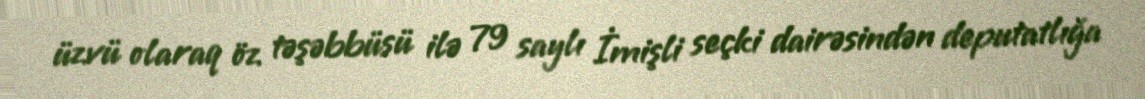
üzvü olaraq öz təşəbbüsü ilə 79 saylı İmişli seçki dairəsindən deputatlığa